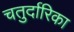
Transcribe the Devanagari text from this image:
चतुर्दारिका